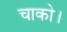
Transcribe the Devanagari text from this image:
चाको।